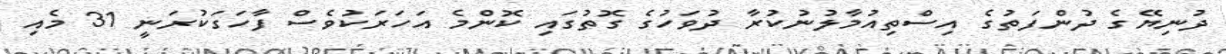
ދުނިޔޭގެ ދުންފަތުގެ އިސްތިއުމާލުނުކުރާ ދުވަހުގެ ގޮތުގައި ކޮންމެ އަހަރަކުވެސް ފާހަގަކުރަނީ 31 މެއި